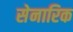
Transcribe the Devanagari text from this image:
सेनारिक